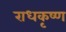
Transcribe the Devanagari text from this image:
राधकृष्ण